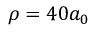
\rho = 4 0 a _ { 0 }